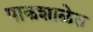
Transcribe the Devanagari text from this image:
पाकशाळेत